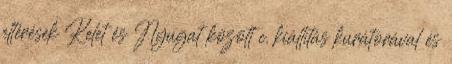
eltérések Kelet és Nyugat között c. kiállítás kurátorával és